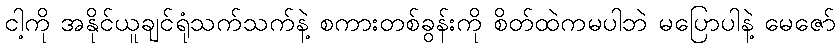
ငါ့ကို အနိုင်ယူချင်ရုံသက်သက်နဲ့ စကားတစ်ခွန်းကို စိတ်ထဲကမပါဘဲ မပြောပါနဲ့ မေဇော်